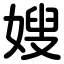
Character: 嫂